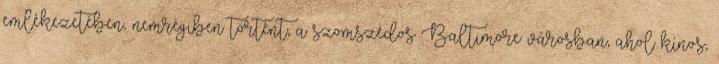
emlékezetében, nemrégiben történt, a szomszédos Baltimore városban, ahol kínos,